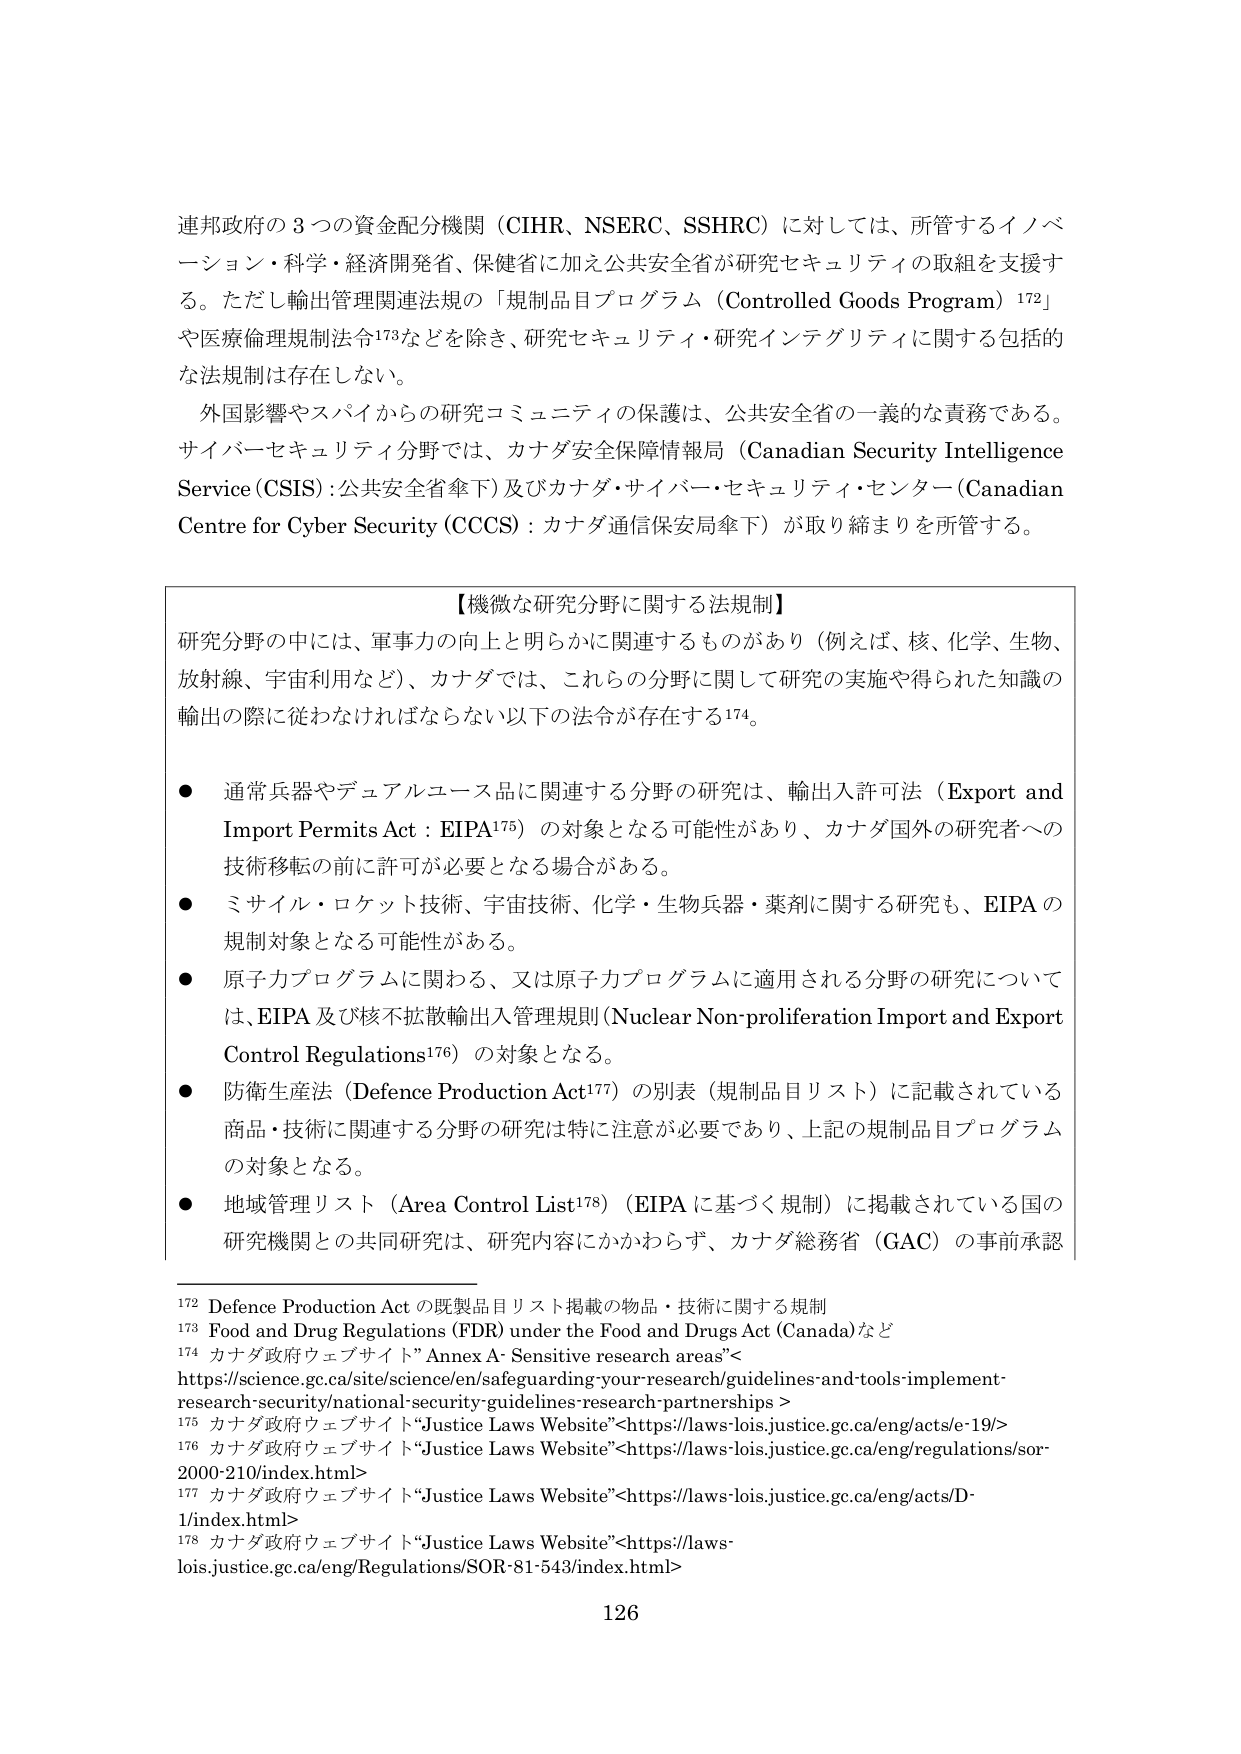
連邦政府の３つの資金配分機関（CIHR、NSERC、SSHRC）に対しては、所管するイノベーション・科学・経済開発省、保健省に加え公共安全省が研究セキュリティの取組を支援する。ただし輸出管理関連法規の「規制品目プログラム（Controlled Goods Program）¹⁷²」や医療倫理規制法令¹⁷³などを除き、研究セキュリティ・研究インテグリティに関する包括的な法規制は存在しない。

外国影響やスパイからの研究コミュニティの保護は、公共安全省の一義的な責務である。サイバーセキュリティ分野では、カナダ安全保障情報局（Canadian Security Intelligence Service (CSIS)：公共安全省傘下）及びカナダ・サイバー・セキュリティ・センター（Canadian Centre for Cyber Security (CCCS)：カナダ通信保安局傘下）が取り締まりを所管する。

【機微な研究分野に関する法規制】

研究分野の中には、軍事力の向上と明らかに関連するものがあり（例えば、核、化学、生物、放射線、宇宙利用など）、カナダでは、これらの分野に関して研究の実施や得られた知識の輸出の際に従わなければならない以下の法令が存在する¹⁷⁴。

● 通常兵器やデュアルユース品に関連する分野の研究は、輸出入許可法（Export and Import Permits Act：EIPA¹⁷⁵）の対象となる可能性があり、カナダ国外の研究者への技術移転の前に許可が必要となる場合がある。

● ミサイル・ロケット技術、宇宙技術、化学・生物兵器・薬剤に関する研究も、EIPAの規制対象となる可能性がある。

● 原子力プログラムに関わる、又は原子力プログラムに適用される分野の研究については、EIPA及び核不拡散輸出入管理規則（Nuclear Non-proliferation Import and Export Control Regulations¹⁷⁶）の対象となる。

● 防衛生産法（Defence Production Act¹⁷⁷）の別表（規制品目リスト）に記載されている商品・技術に関連する分野の研究は特に注意が必要であり、上記の規制品目プログラムの対象となる。

● 地域管理リスト（Area Control List¹⁷⁸）（EIPAに基づく規制）に掲載されている国の研究機関との共同研究は、研究内容にかかわらず、カナダ総務省（GAC）の事前承認

¹⁷² Defence Production Act の既製品目リスト掲載の物品・技術に関する規制
¹⁷³ Food and Drug Regulations (FDR) under the Food and Drugs Act (Canada)など
¹⁷⁴ カナダ政府ウェブサイト”Annex A: Sensitive research areas”<https://science.gc.ca/site/science/en/safeguarding-your-research/guidelines-and-tools-implement-research-security/national-security-guidelines-research-partnerships>
¹⁷⁵ カナダ政府ウェブサイト“Justice Laws Website”<https://laws-lois.justice.gc.ca/eng/acts/e-19/>
¹⁷⁶ カナダ政府ウェブサイト“Justice Laws Website”<https://laws-lois.justice.gc.ca/eng/regulations/sor-2000-210/index.html>
¹⁷⁷ カナダ政府ウェブサイト“Justice Laws Website”<https://laws-lois.justice.gc.ca/eng/acts/D-1/index.html>
¹⁷⁸ カナダ政府ウェブサイト“Justice Laws Website”<https://laws-lois.justice.gc.ca/eng/Regulations/SOR-81-543/index.html>

126